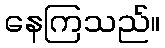
နေကြသည်။